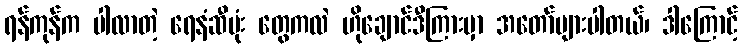
ရန်ကုန်က ပါလာတဲ့ ရေနံဆီပုံး တွေကလဲ ဟိုချောင်ဒီကြားမှာ အတော်များပါတယ်၊ ဒါကြောင့်